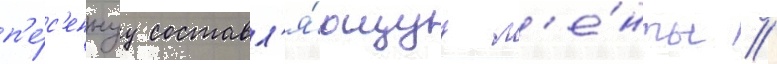
п'е́с'еннуу составл'я́ющуу л'е́нты //